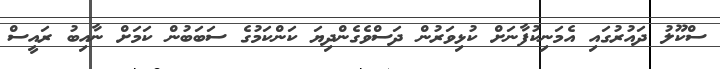
ސްކޫލު ދައުރުގައި އެމަނިކުފާނަށް ކުޅިވަރުން ދަސްވެގެންދިޔަ ކަންކަމުގެ ސަބަބުން ކަމަށް ނާއިބު ރައީސް